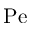
\mathrm { P e }